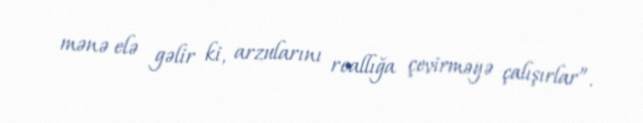
mənə elə gəlir ki, arzularını reallığa çevirməyə çalışırlar”.